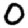
Digit: 0